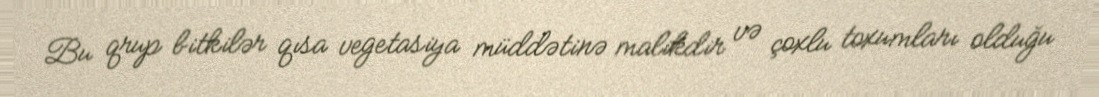
Bu qrup bitkilər qısa vegetasiya müddətinə malikdir və çoxlu toxumları olduğu